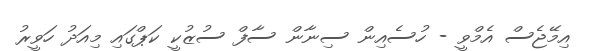
އިމޭޖެސް އެމްވީ - ހުސެއިން ސިނާން ސާފް ސުޒުކީ ކަޕްގައި މިއަދު ހަވީރު